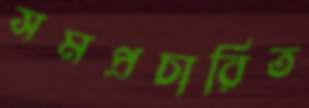
সমপ্রচারিত